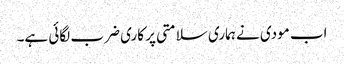
اب مودی نے ہماری سلامتی پر کاری ضرب لگائی ہے۔